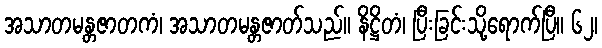
အသာတမန္တဇာတကံ၊ အသာတမန္တဇာတ်သည်။ နိဋ္ဌိတံ၊ ပြီးခြင်းသို့ရောက်ပြီ။ ၆၂၊